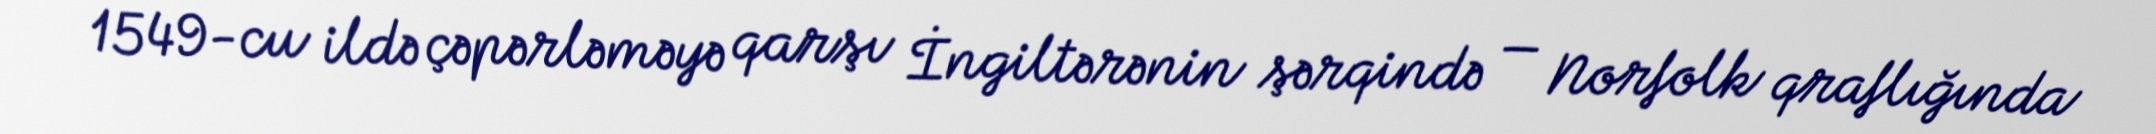
1549-cu ildə çəpərləməyə qarşı İngiltərənin şərqində — Norfolk qraflığında